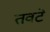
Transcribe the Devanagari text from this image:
तवटे